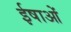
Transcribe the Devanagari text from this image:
ईषाओं